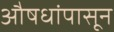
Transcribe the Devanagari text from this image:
औषधांपासून